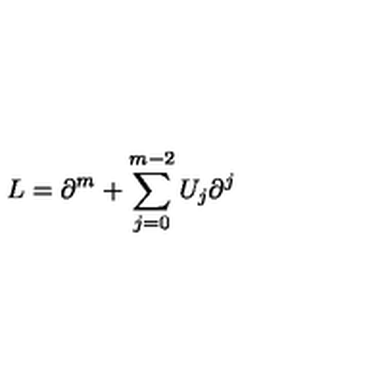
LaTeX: L = \partial ^ { m } + \sum _ { j = 0 } ^ { m - 2 } U _ { j } \partial ^ { j }